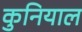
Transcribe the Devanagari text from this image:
कुनियाल